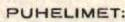
PUHELIMET: